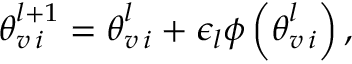
\begin{array} { r } { \boldsymbol { \theta } _ { v \, i } ^ { l + 1 } = \boldsymbol { \theta } _ { v \, i } ^ { l } + \epsilon _ { l } \boldsymbol { \phi } \left( \boldsymbol { \theta } _ { v \, i } ^ { l } \right) , } \end{array}